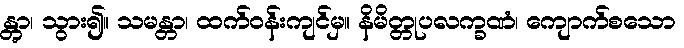
န္တွာ၊ သွား၍။ သမန္တာ၊ ထက်ဝန်းကျင်မှ။ နိမိတ္တုပလက္ခဏံ၊ ကျောက်စသော